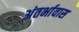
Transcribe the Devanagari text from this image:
अंतर्भावास